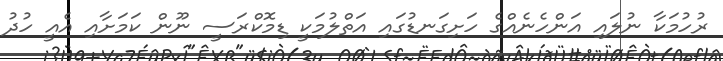
ރުހުމަކާ ނުލައި އަންހެނެއްގެ ހަށިގަނޑުގައި އަތްލުމަކީ ޑިމޮކްރަސީ ނޫން ކަމަށާއި އެއީ ހުދު